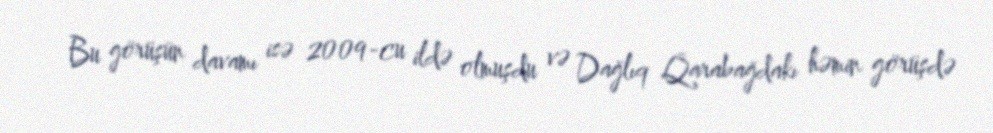
Bu görüşün davamı isə 2009-cu ildə olmuşdu və Dağlıq Qarabağdakı həmin görüşdə